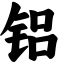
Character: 铝